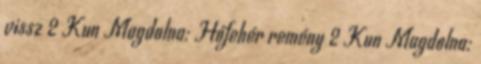
vissz 2 Kun Magdolna: Hófehér remény 2 Kun Magdolna: